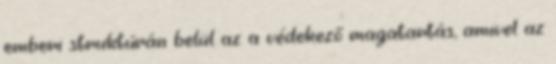
emberi struktúrán belül az a védekező magatartás, amivel az